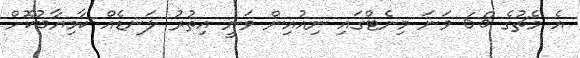
އެ މެޗުގެ 68 ވަނަ މިނެޓްގައި ނިއުއިން ވަނީ އިތުރު ލަނޑެއް ކާމިޔާބުކޮށް